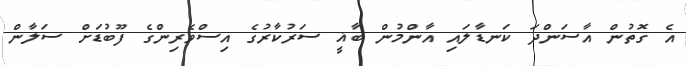
އެ ގޮތުން އާސަންދަ ކަނޑާލައި އާންމުން ބާޣީ ސަރުކާރުގެ އިސްވެރިންގެ ފޫބުޑަށް ސަލާން